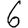
Digit: 6